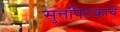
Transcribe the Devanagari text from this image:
सुत्तपिटकाचे